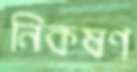
নিকষণ